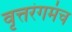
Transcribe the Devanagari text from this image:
वृत्तरंगमंच